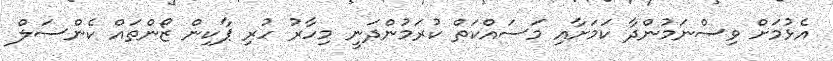
އެޅުމަށް ވިސްނަމުންދާ ކަމަށާއި މަސައްކަތް ކުރަމުންދަނީ މިހާރު ހުރި ޕާކިން ޒޯންތައް ކެންސަލް